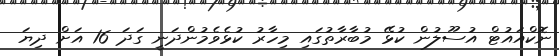
ނޮކްއައުޓް އުސޫލުން ކުޅޭ މުބާރާތުގައި މިހާރު ކުޅެވެމުންދަނީ ގަދަ 16 އަށް ދިޔަ